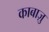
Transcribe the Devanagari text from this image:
काबाज़ु